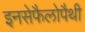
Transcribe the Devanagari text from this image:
इनसेफैलोपैथी